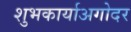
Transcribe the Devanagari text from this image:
शुभकार्याअगोदर